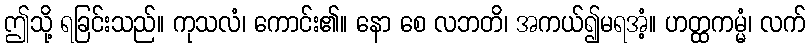
ဤသို့ ရခြင်းသည်။ ကုသလံ၊ ကောင်း၏။ နော စေ လဘတိ၊ အကယ်၍မရအံ့။ ဟတ္ထကမ္မံ၊ လက်